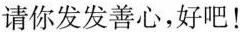
请你发发善心，好吧！